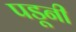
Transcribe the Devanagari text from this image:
पडूनी